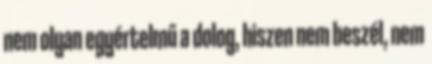
nem olyan egyértelmű a dolog, hiszen nem beszél, nem